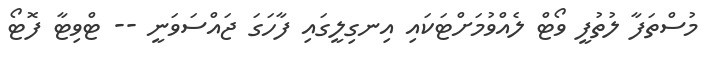
މުސްތަފާ ލުތުފީ ވޯޓް ލެއްވުމަށްޓަކައި އިނގިލީގައި ފާހަގަ ޖައްސަވަނީ -- ޓްވިޓާ ފޮޓޯ